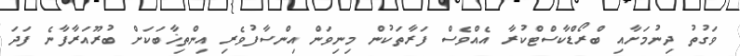
ވަގުތު ދިނުމަށާއި ބްރޯޑްކާސްޓްކުރާ އެއްވެސް ފަރާތަކުން މިނިވަން އިންސާފުވެރި އިންތިޚާބަކަށް ބުރޫއަރާފާނެ ފަދަ